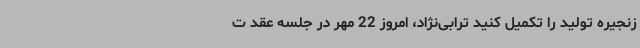
زنجیره تولید را تکمیل کنید ترابی‌نژاد، امروز 22 مهر در جلسه عقد ت